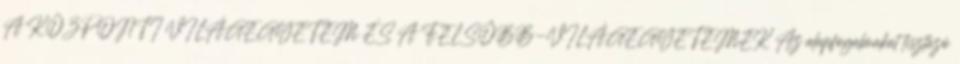
A KÖZPONTI VILÁGEGYETEM ÉS A FELSŐBB-VILÁGEGYETEMEK Az alapfogalmakat tisztázó